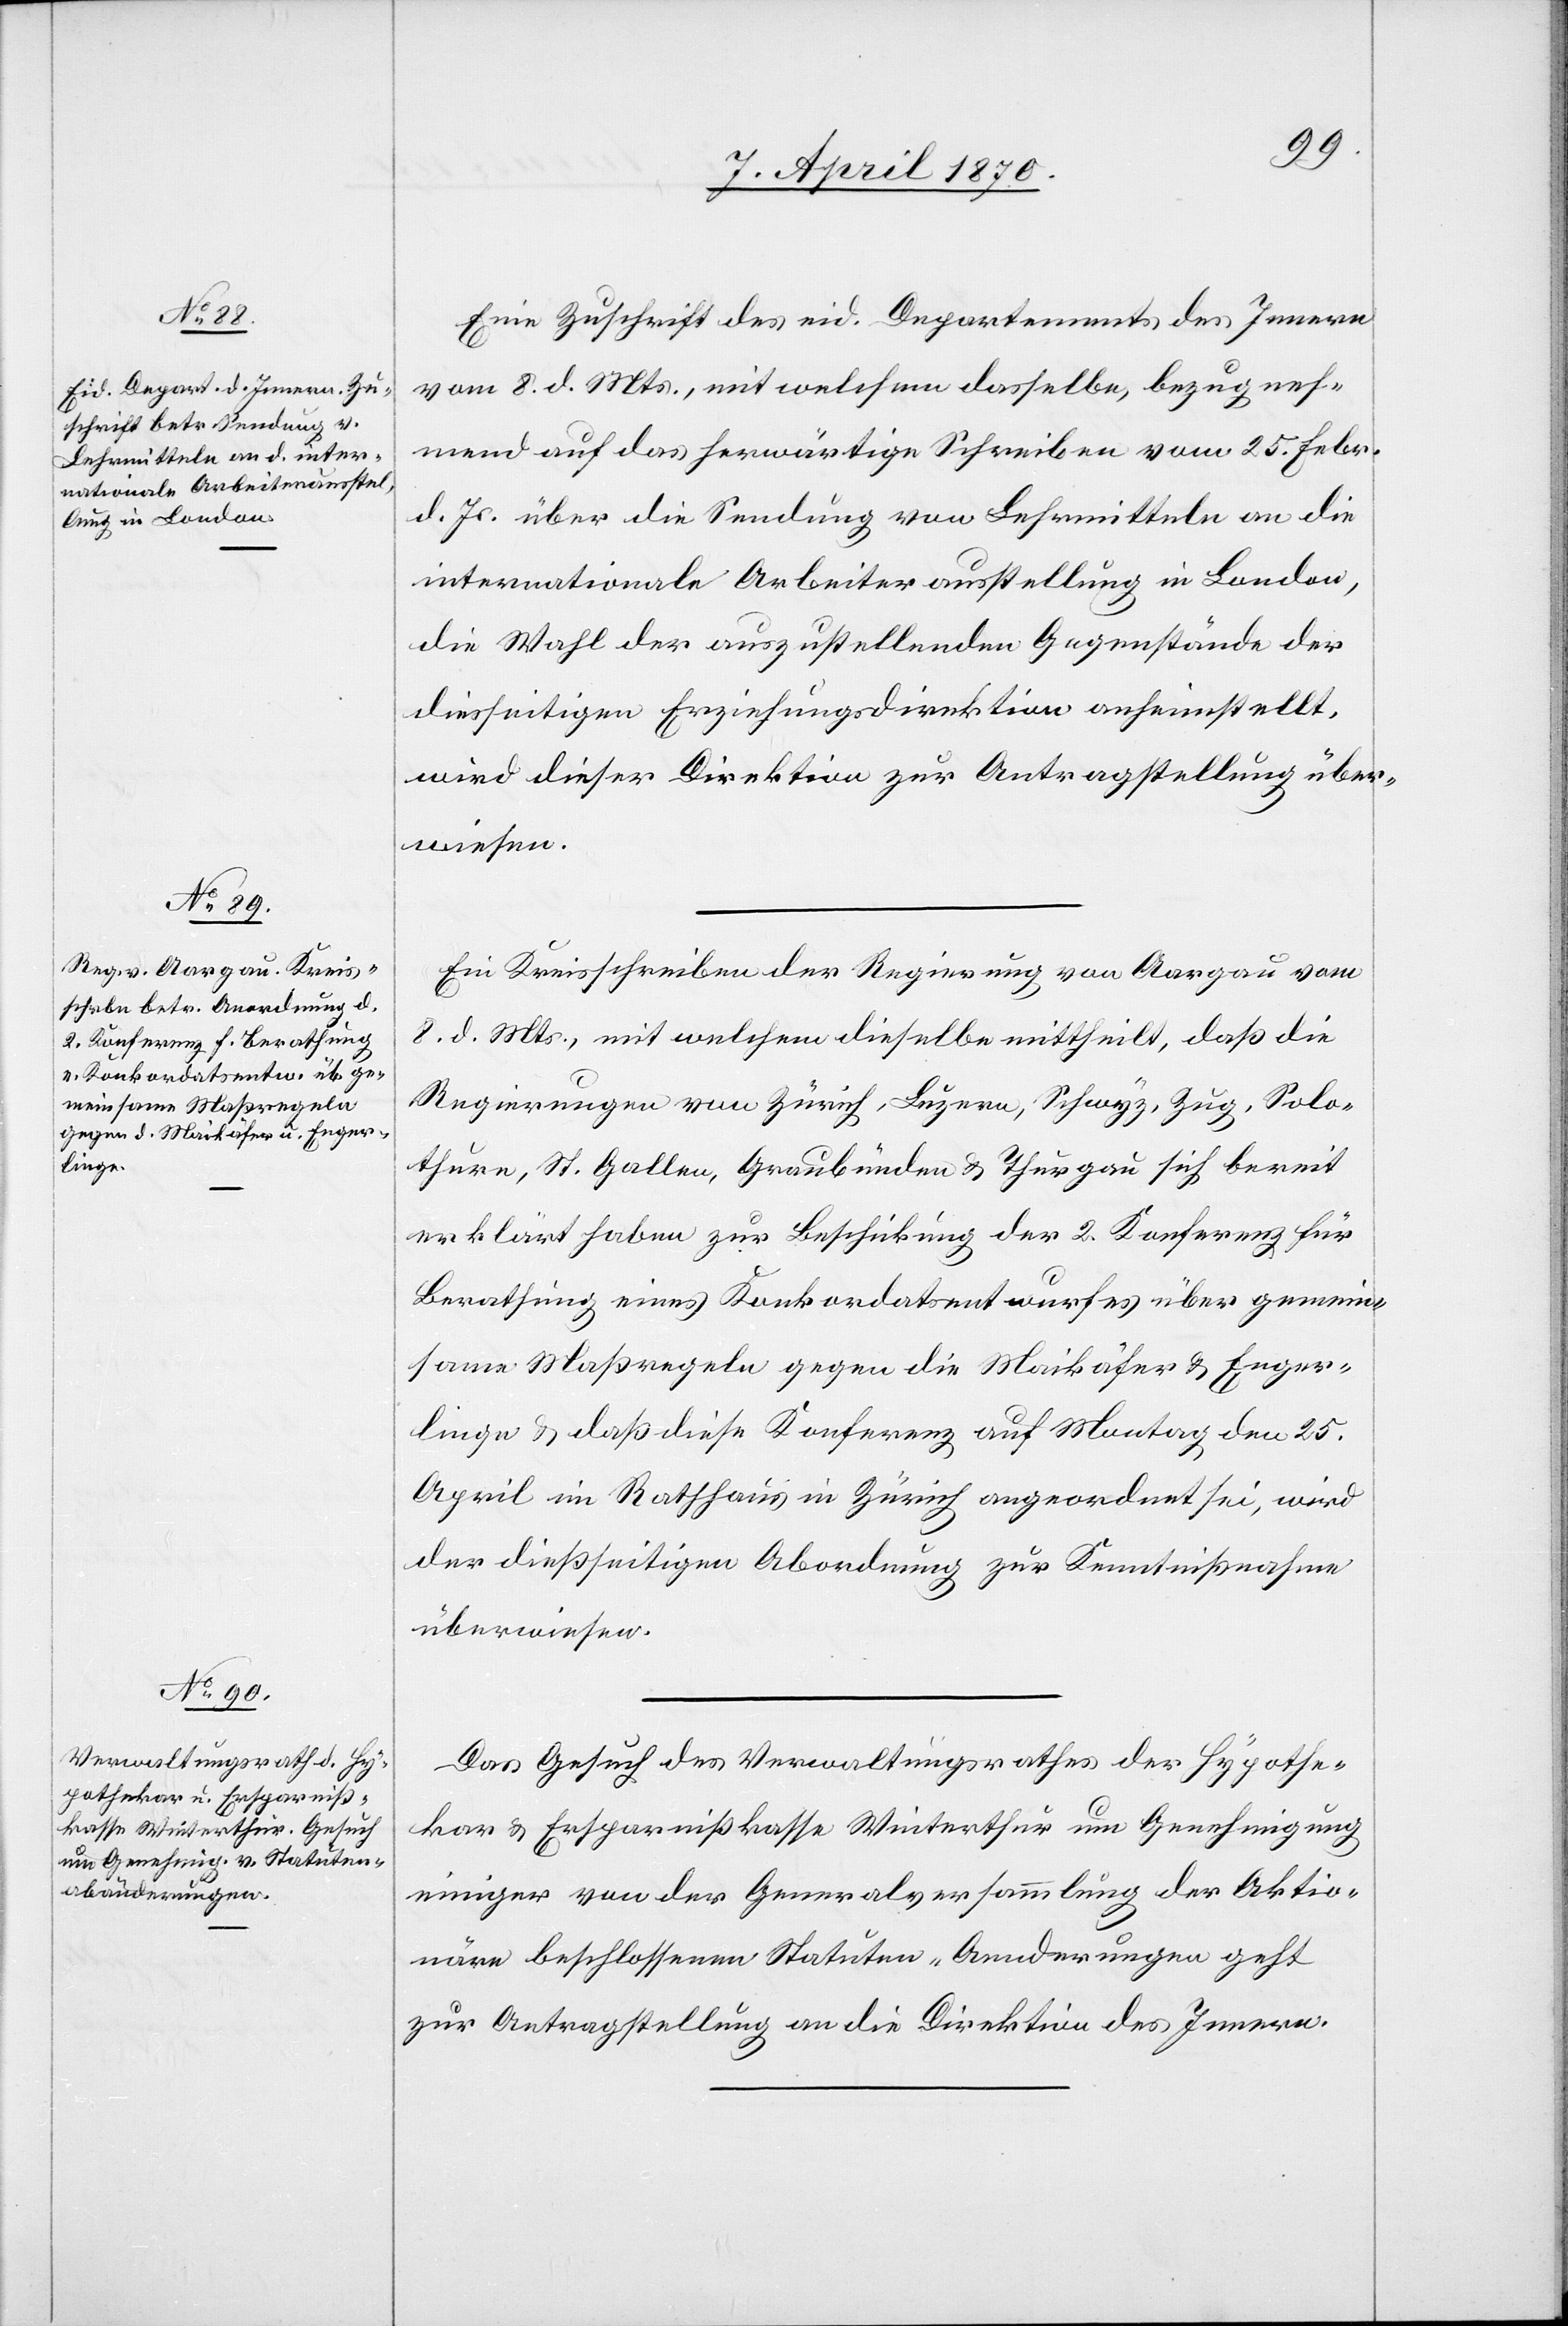
11. April 1870.]
Eine Zuschrift des eid. Departements des Innern
vom 8. d. Mts., mit welchem derselbe, bezugneh¬
mend auf das herwärtige Schreiben vom 25. Febr.
d. Js. über die Sendung von Lehrmitteln an die
internationale Arbeiterausstellung in London,
die Wahl der auszustellenden Gegenstände der
diesseitigen Erziehungsdirektion anheimstellt,
wird dieser Direktion zur Antragstellung über¬
wiesen.
Ein Kreisschreiben der Regierung von Aargau vom
8. d. Mts., mit welchem dieselbe mittheilt, daß die
Regierungen von Zürich, Luzern, Schwyz, Zug, Solo¬
thurn, St. Gallen, Graubünden & Thurgau sich bereit
erklärt haben zur Beschickung der 2. Konferenz für
Berathung eines Konkordatsentwurfes über gemein¬
same Maßregeln gegen die Maikäfer & Enger¬
linge & daß diese Konferenz auf Montag den 25.
April im Rathhaus in Zürich angeordnet sei, wird
der dießseitigen Abordnung zur Kenntnißnahme
überwiesen.
Das Gesuch des Verwaltungsrathes der Hypothe¬
kar[-] & Ersparnißkasse Winterthur um Genehmigung
einiger von der Generalversammlung der Aktio¬
näre beschlossenen Statuten-Aenderungen geht
zur Antragstellung an die Direktion des Innern.